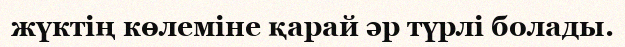
жүктің көлеміне қарай әр түрлі болады.